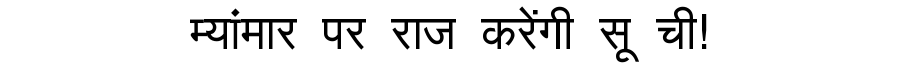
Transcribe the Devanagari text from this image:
म्यांमार पर राज करेंगी सू ची!